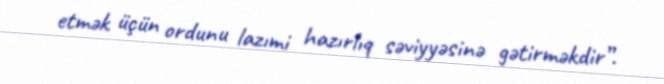
etmək üçün ordunu lazımi hazırlıq səviyyəsinə gətirməkdir”.